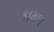
કામળ